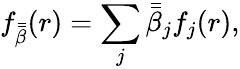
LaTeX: f_{\bar{\bar{\beta}}}(r)=\sum_{j}\bar{\bar{\beta}}_{j}f_{j}(r),